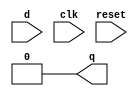
`timescale 1ns / 1ps
//////////////////////////////////////////////////////////////////////////////////
// Company: 
// Engineer: 
// 
// Design Name: 
// Module Name: dff
// Project Name: 
// Target Devices: 
// Tool Versions: 
// Description: 
// 
// Dependencies: 
// 
// Revision:
// Revision 0.01 - File Created
// Additional Comments:
// 
//////////////////////////////////////////////////////////////////////////////////


module dff(q,d,clk,reset);

	input d,clk,reset;    //reset is active LOW
	output q;
	reg q;
  	
	always@(posedge clk)	//Positive edge triggered DFF
		q <= d;

	always@(~reset)    //active LOW reset
		q <= 1'b0;
		
endmodule